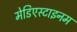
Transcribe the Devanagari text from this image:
मेडिएस्टाइनम